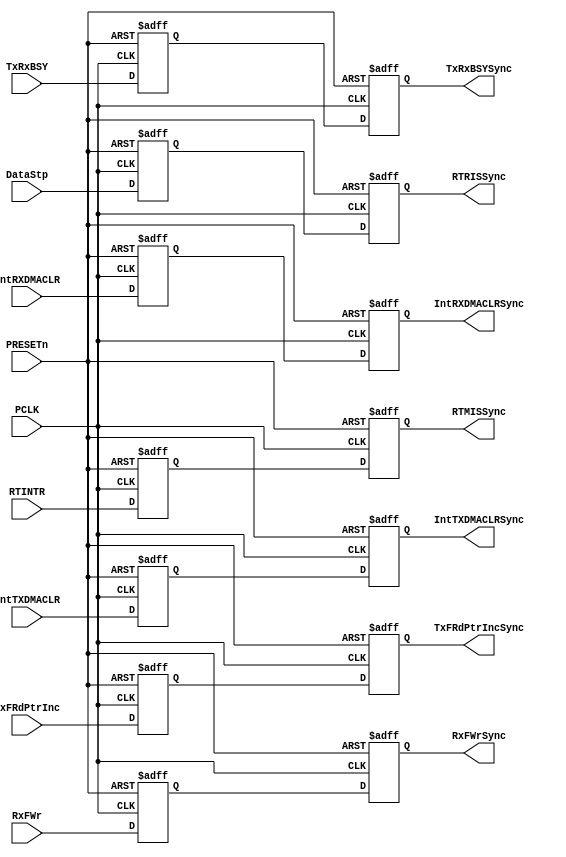
//-----------------------------------------------------------------------------
// The confidential and proprietary information contained in this file may
// only be used by a person authorised under and to the extent permitted
// by a subsisting licensing agreement from ARM Limited.
//
//            (C) COPYRIGHT 2007-2008 ARM Limited.
//                ALL RIGHTS RESERVED
//
// This entire notice must be reproduced on all copies of this file
// and copies of this file may only be made by a person if such person is
// permitted to do so under the terms of a subsisting license agreement
// from ARM Limited.
//  ----------------------------------------------------------------------------
//
//  Version and Release Control Information:
//
//  File Revision          : 20358
//
//  Release Information    : r1p3-00rel1
//
// -----------------------------------------------------------------------------

// -----------------------------------------------------------------------------
// Purpose      : Synchronisers for signals crossing from SSPCLK domain to
//                PCLK domain
// --=========================================================================--

`timescale 1ns/1ps

// -----------------------------------------------------------------------------

module SspSynctoPCLK (
// Inputs
                      PCLK,

                      PRESETn,

                      TxRxBSY,
                      TxFRdPtrInc,
                      RxFWr,
                      DataStp,
                      RTINTR,
                      IntTXDMACLR,
                      IntRXDMACLR,
// Outputs
                      TxRxBSYSync,
                      TxFRdPtrIncSync,
                      RxFWrSync,
                      RTRISSync,
                      RTMISSync,
                      IntTXDMACLRSync,
                      IntRXDMACLRSync
                     );

// Inputs
input  PCLK;               // APB bus clock
input  PRESETn;            // Muxed reset (from BPRESETn)
input  TxRxBSY;            // SSP Tx/Rx controller busy
input  TxFRdPtrInc;        // TX FIFO read pointer incr.
input  RxFWr;              // RX FIFO write enable
input  DataStp;            // RX Timeout Raw interrupt
input  RTINTR;             // RX Timeout Masked interrupt
input  IntTXDMACLR;        // IntTXDMACLR
input  IntRXDMACLR;        // IntRXDMACLR
// Outputs
output TxRxBSYSync;        // To TX FIFO
output TxFRdPtrIncSync;    // To TX FIFO
output RxFWrSync;          // To RX FIFO
output RTRISSync;          // Rx Timeout Raw Interrupt Status
output RTMISSync;          // Rx Timeout Raw Interrupt Status
output IntTXDMACLRSync;    // IntTXDMACLR synchronised
output IntRXDMACLRSync;    // IntRXDMACLR synchronised

// -----------------------------------------------------------------------------
//
//                               SspSynctoPCLK
//                               =============
//
// -----------------------------------------------------------------------------
//
// Overview
// ========
//
// This block implements the synchronisers for signals crossing over from the
// SSPCLK domain to the PCLK domain. The signals are 'double-synchronise'd
// using inferred d-type flip-flops.
// -----------------------------------------------------------------------------

// -----------------------------------------------------------------------------
// Register declarations
// -----------------------------------------------------------------------------
reg TxFRdPtrIncSync1;
// 1st stage synchronised version of TxFRdPtrInc input

reg TxFRdPtrIncSync;
// 2nd stage synchronised version of TxFRdPtrInc input

reg RxFWrSync1;
// 1st stage synchronised version of RxFWr input

reg RxFWrSync;
// 2nd stage synchronised version of RxFWr input

reg TxRxBSYSync1;
// 1st stage synchronised version of TxRxBSY input

reg TxRxBSYSync;
// 2nd stage synchronised version of TxRxBSY input

reg RTRISSync1;
// 1st stage synchronised version of DataStp input

reg RTMISSync1;
// 1st stage synchronised version of RTINTR input

reg IntTXDMACLRSync1;
// 1st stage synchronised version of IntTXDMACLR input

reg IntTXDMACLRSync;
// 2nd stage synchronised version of IntTXDMACLR input

reg IntRXDMACLRSync1;
// 1st stage synchronised version of IntRXDMACLR input

reg IntRXDMACLRSync;
// 2nd stage synchronised version of IntRXDMACLR input

reg RTRISSync;
// 2nd stage synchronised version of DataStp input

reg RTMISSync;
// 2nd stage synchronised version of RTINTR input


// -----------------------------------------------------------------------------
//
// Main body of code
// =================
//
// -----------------------------------------------------------------------------


// -----------------------------------------------------------------------------
// Double-synchronise with inferred D-types
// -----------------------------------------------------------------------------
always @(posedge PCLK or  negedge PRESETn)
begin : p_Sync
  if (PRESETn == 1'b0)
    begin
      TxFRdPtrIncSync1    <= 1'b0;
      TxFRdPtrIncSync     <= 1'b0;
      RxFWrSync1          <= 1'b0;
      RxFWrSync           <= 1'b0;
      TxRxBSYSync1        <= 1'b0;
      TxRxBSYSync         <= 1'b0;
      RTRISSync1          <= 1'b0;
      RTRISSync           <= 1'b0;
      RTMISSync1          <= 1'b0;
      RTMISSync           <= 1'b0;
      IntTXDMACLRSync1    <= 1'b0;
      IntTXDMACLRSync     <= 1'b0;
      IntRXDMACLRSync1    <= 1'b0;
      IntRXDMACLRSync     <= 1'b0;
    end
  else
    begin
      TxFRdPtrIncSync1    <= TxFRdPtrInc;
      TxFRdPtrIncSync     <= TxFRdPtrIncSync1;

      RxFWrSync1          <= RxFWr;
      RxFWrSync           <= RxFWrSync1;

      TxRxBSYSync1        <= TxRxBSY;
      TxRxBSYSync         <= TxRxBSYSync1;

      RTRISSync1          <= DataStp;
      RTRISSync           <= RTRISSync1;

      RTMISSync1          <= RTINTR;
      RTMISSync           <= RTMISSync1;

      IntTXDMACLRSync1    <= IntTXDMACLR;
      IntTXDMACLRSync     <= IntTXDMACLRSync1;

      IntRXDMACLRSync1    <= IntRXDMACLR;
      IntRXDMACLRSync     <= IntRXDMACLRSync1;
    end
end // p_Sync
endmodule

//================================== End =====================================--